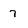
Character: 7